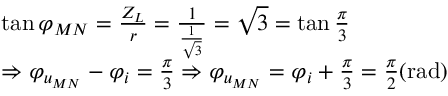
\begin{array} { r l } & { \tan \varphi _ { M N } = \frac { Z _ { L } } { r } = \frac { 1 } { \frac { 1 } { \sqrt { 3 } } } = \sqrt { 3 } = \tan \frac { \pi } { 3 } } \\ & { \Rightarrow \varphi _ { u _ { M N } } - \varphi _ { i } = \frac { \pi } { 3 } \Rightarrow \varphi _ { u _ { M N } } = \varphi _ { i } + \frac { \pi } { 3 } = \frac { \pi } { 2 } ( \mathrm { r a d } ) } \end{array}